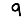
Digit: 9